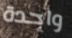
واحدة